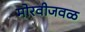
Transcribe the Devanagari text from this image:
मोरवीजवळ